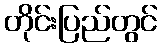
တိုင်းပြည်တွင်